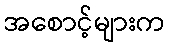
အစောင့်များက